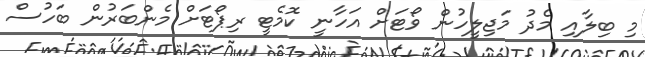
މި ބިލާއި މެދު މަޖިލީހުން ވޯޓަށް އަހާނީ ކޮމެޓީ ރިޕޯޓަށް މެންބަރުން ބަހުސް